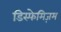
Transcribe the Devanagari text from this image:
डिस्फेमिज़म